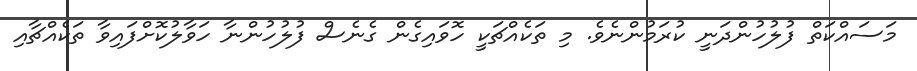
މަސައްކަތް ފުލުހުންދަނީ ކުރަމުންނެވެ. މި ތަކެއްޗަކީ ހޮވައިގެން ގެނެސް ފުލުހުންނާ ހަވާލުކޮށްފައިވާ ތަކެއްޗާއި